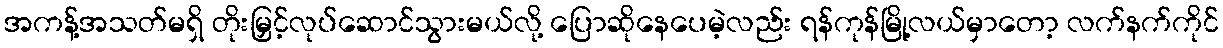
အကန့်အသတ်မရှိ တိုးမြှင့်လုပ်ဆောင်သွားမယ်လို့ ပြောဆိုနေပေမဲ့လည်း ရန်ကုန်မြို့လယ်မှာတော့ လက်နက်ကိုင်